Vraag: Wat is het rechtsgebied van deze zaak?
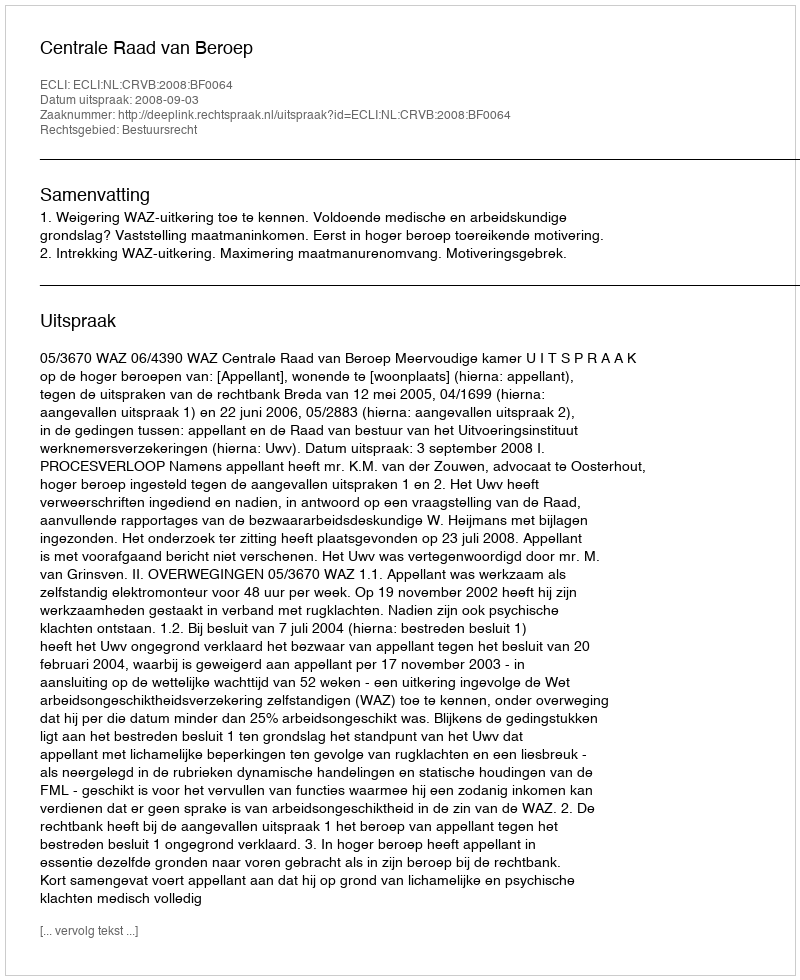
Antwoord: Bestuursrecht